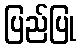
ပြည်ပြု